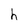
Character: h